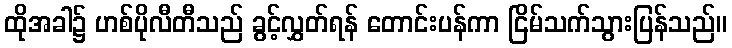
ထိုအခါ၌ ဟစ်ပိုလီတီသည် ခွင့်လွှတ်ရန် တောင်းပန်ကာ ငြိမ်သက်သွားပြန်သည်။